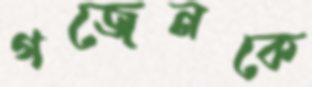
গজেনকে